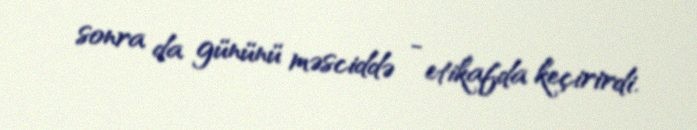
sonra da gününü məsciddə - etikafda keçirirdi.